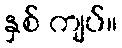
နှစ် ကျပ်။